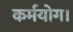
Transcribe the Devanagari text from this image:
कर्मयोग।